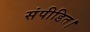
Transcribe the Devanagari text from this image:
संपीडित।